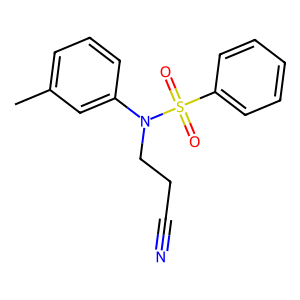
SMILES: Cc1cccc(N(CCC#N)S(=O)(=O)c2ccccc2)c1
Inhibits HIV replication: No